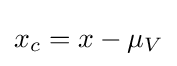
x_{c}=x-\mu _{V}